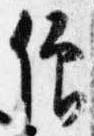
僧